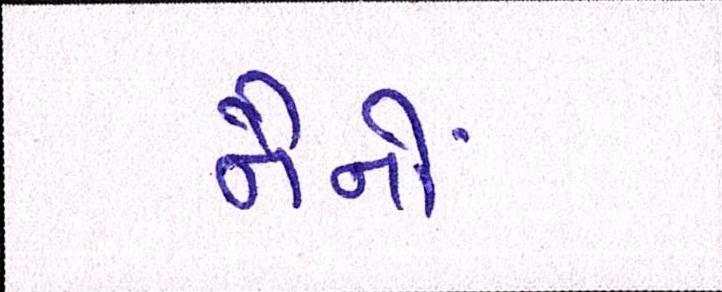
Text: નૈનોં